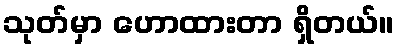
သုတ်မှာ ဟောထားတာ ရှိတယ်။